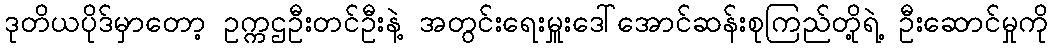
ဒုတိယပိုဒ်မှာတော့ ဥက္ကဌဦးတင်ဦးနဲ့ အတွင်းရေးမှူးဒေါ်အောင်ဆန်းစုကြည်တို့ရဲ့ ဦးဆောင်မှုကို